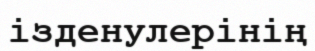
ізденулерінің